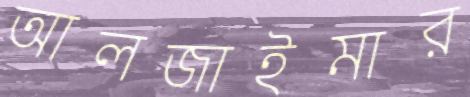
আলজাইমার